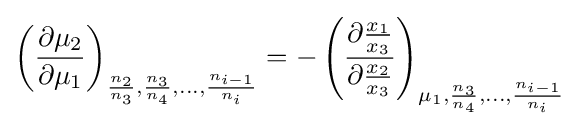
\left({\frac {\partial \mu _{2}}{\partial \mu _{1}}}\right)_{{\frac {n_{2}}{n_{3}}},{\frac {n_{3}}{n_{4}}},\ldots ,{\frac {n_{i-1}}{n_{i}}}}=-\left({\frac {\partial {\frac {x_{1}}{x_{3}}}}{\partial {\frac {x_{2}}{x_{3}}}}}\right)_{\mu _{1},{\frac {n_{3}}{n_{4}}},\ldots ,{\frac {n_{i-1}}{n_{i}}}}